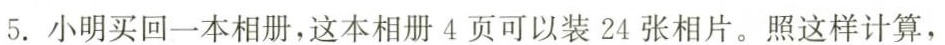
5.小明买回一本相册，这本相册4页可以装24张相片。照这样计算，